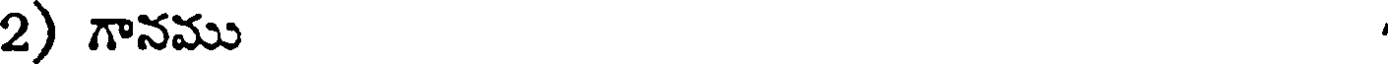
2) గానము